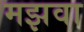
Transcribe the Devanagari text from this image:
मझवा